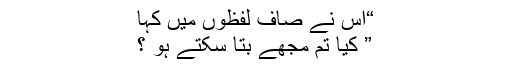
“اس نے صاف لفظوں میں کہا
” کیا تم مجھے بتا سکتے ہو ؟